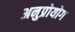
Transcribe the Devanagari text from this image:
अनुप्रोयोग